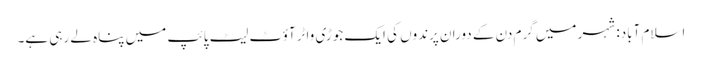
اسلام آباد: شہر میں گرم دن کے دوران پرندوں کی ایک جوڑی واٹر آؤٹ لیٹ پائپ میں پناہ لے رہی ہے۔